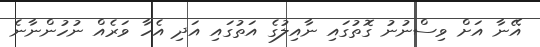
އޭނާ އަށް ވިސްނުނު ގޮތުގައި ނާއިލުގެ އަތުގައި އަދި އެހާ ވަރެއް ނުހުންނާނެ